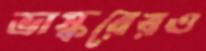
ভাস্করেরও